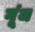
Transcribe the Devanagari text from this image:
गू्ंज